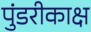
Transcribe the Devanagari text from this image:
पुंडरीकाक्ष